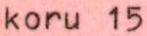
koru 15